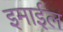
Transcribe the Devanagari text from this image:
इमाईल